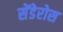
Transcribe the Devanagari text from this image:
सेंडेरोस